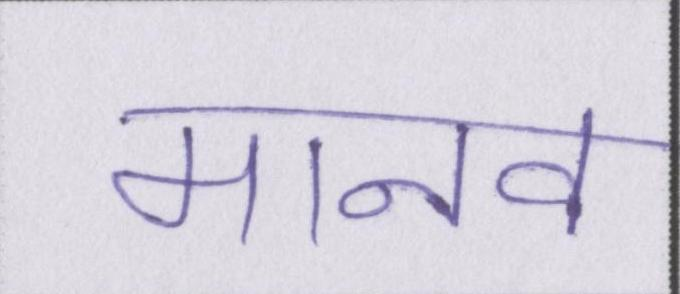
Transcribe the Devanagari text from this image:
मानव